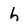
Character: h